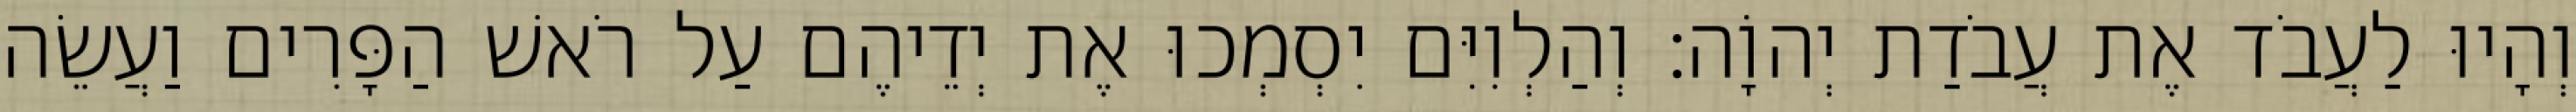
וְהָיוּ לַעֲבֹד אֶת עֲבֹדַת יְהוָֹה׃ וְהַלְוִיִּם יִסְמְכוּ אֶת יְדֵיהֶם עַל רֹאשׁ הַפָּרִים וַעֲשֵׂה